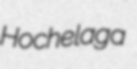
Hochelaga